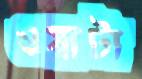
ওয়াটা